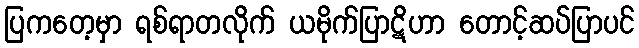
ပြကတေ့မှာ ရစ်ရာတလိုက် ယမိုက်ပြာဋိဟာ တောင့်ဆပ်ပြာပင်